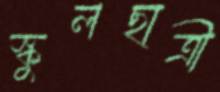
স্কুলছাত্রী